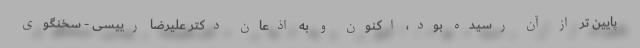
پایین تر از آن رسیده بود، اکنون و به اذعان دکتر علیرضا رییسی - سخنگوی